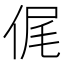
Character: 𠉜